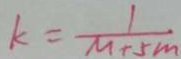
k = \frac { 1 } { m + 5 m }